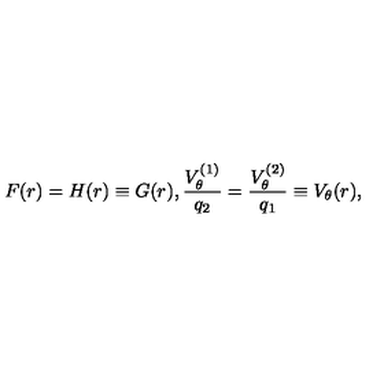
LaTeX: F ( r ) = H ( r ) \equiv G ( r ) , \frac { V _ { \theta } ^ { ( 1 ) } } { q _ { 2 } } = \frac { V _ { \theta } ^ { ( 2 ) } } { q _ { 1 } } \equiv V _ { \theta } ( r ) ,